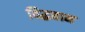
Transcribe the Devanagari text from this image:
विद्धवान